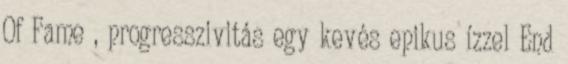
Of Fame , progresszivitás egy kevés epikus ízzel End